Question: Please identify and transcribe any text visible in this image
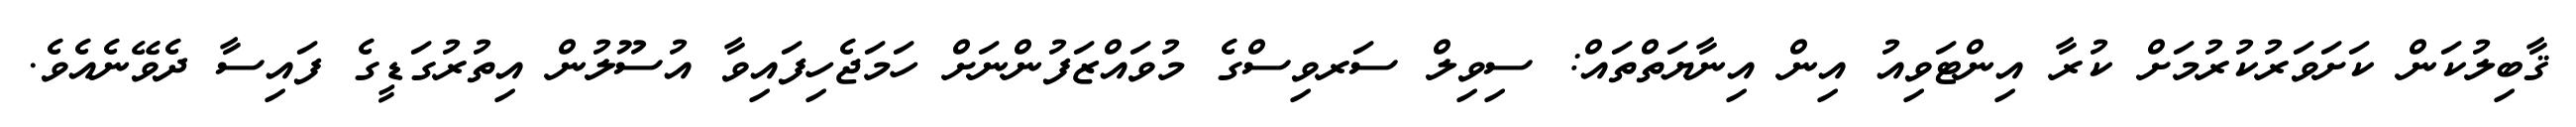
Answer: ޤާބިލުކަން ކަށަވަރުކުރުމަށް ކުރާ އިންޓަވިއު އިން އިނާޔަތްތައް: ސިވިލް ސަރވިސްގެ މުވައްޒަފުންނަށް ހަމަޖެހިފައިވާ އުސޫލުން އިތުރުގަޑީގެ ފައިސާ ދެވޭނެއެވެ.